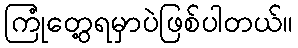
ကြုံတွေ့ရမှာပဲဖြစ်ပါတယ်။